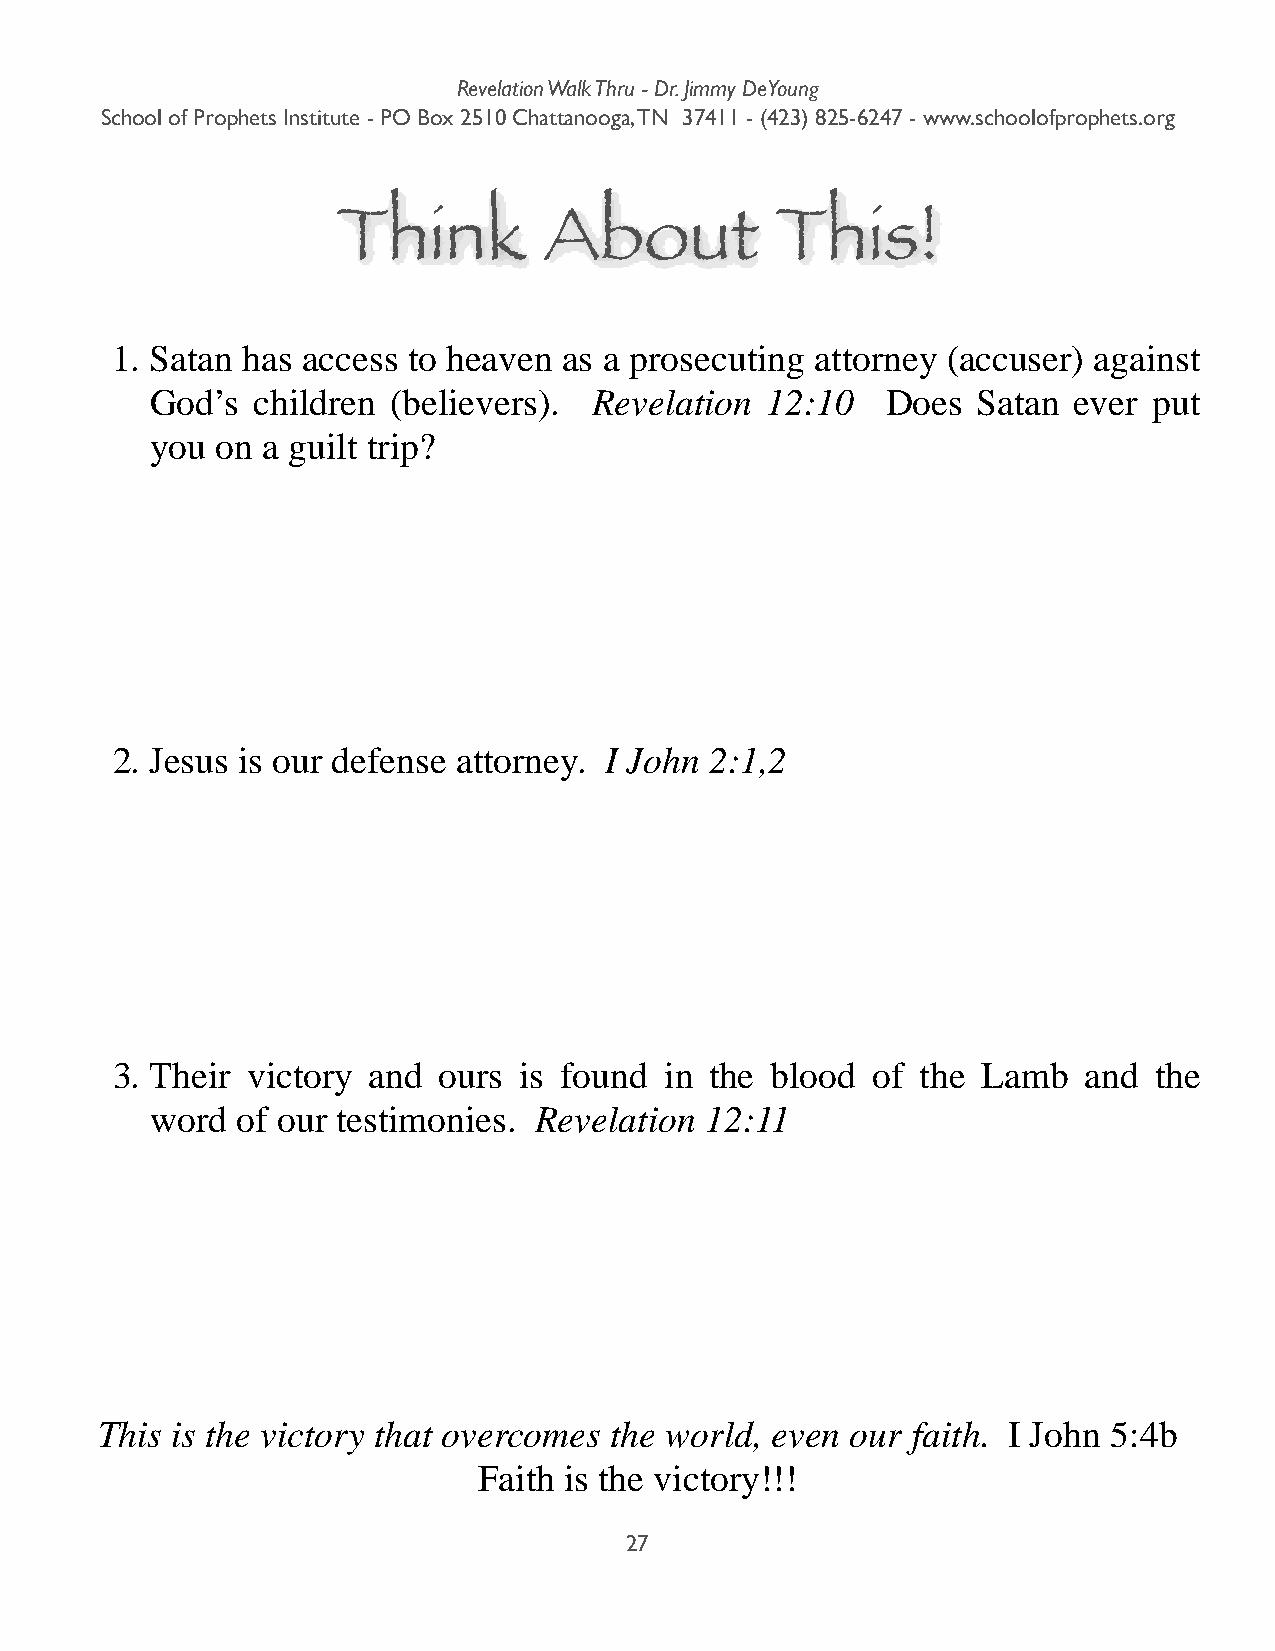
Revelation Walk Thru - Dr. Jimmy DeYoung
 School of Prophets Institute - PO Box 2510 Chattanooga, TN 37411 - (423) 825-6247 - www.schoolofprophets.org
 Think         About          This!
 1. Satan has access to heaven as a prosecuting attorney (accuser) against
 God’s  children (believers). Revelation  12:10   Does  Satan ever put
 you on a guilt trip?
 2. Jesus is our defense attorney. I John 2:1,2
 3. Their victory and  ours is found  in the blood  of the Lamb   and the
 word  of our testimonies. Revelation 12:11
 This is the victory that overcomes the world, even our faith. I John 5:4b
 Faith is the victory!!!
 27